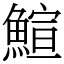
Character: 鰚